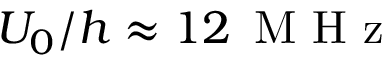
U _ { 0 } / h \approx 1 2 \, \mathrm { ~ M ~ H ~ z ~ }